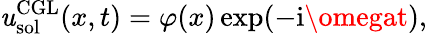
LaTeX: \mathit{u}_{\mathrm{{sol}}}^{\mathrm{{CGL}}}(x,t)=\varphi(x)\exp(-\mathrm{{i}}\omegat),